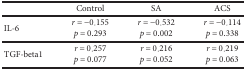
|  | Control | SA | ACS |
 | --- | --- | --- | --- |
 | IL-6 | r = −0.155p = 0.293 | r = −0.532p = 0.002 | r = −0.114p = 0.338 |
 | TGF-beta1 | r = 0.257p = 0.077 | r = 0.216p = 0.052 | r = 0.219p = 0.063 |